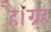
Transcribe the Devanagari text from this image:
है।ग्रह